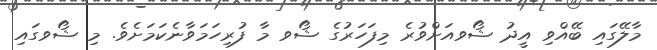
މާލޭގައި ބޭއްވި އީދު ޝޯވއަށްވުރެ މިފަހަރުގެ ޝޯވ މާ ފުރިހަމަވާނެކަމަށެވެ. މި ޝޯވގައި